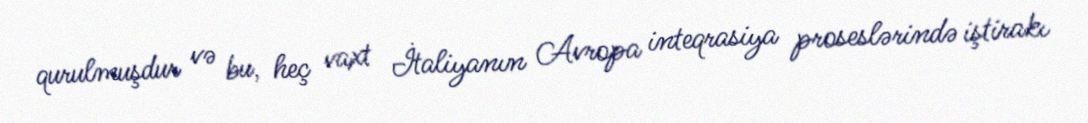
qurulmuşdur və bu, heç vaxt İtaliyanın Avropa inteqrasiya proseslərində iştirakı